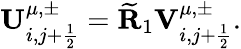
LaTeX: \mathbf{U}_{i,j+\frac{1}{2}}^{\mu,\pm}=\widetilde{\mathbf{R}}_{1}{\mathbf{V}}_{i,j+\frac{1}{2}}^{\mu,\pm}.